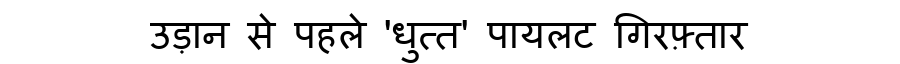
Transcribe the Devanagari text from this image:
उड़ान से पहले 'धुत्त' पायलट गिरफ़्तार